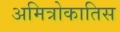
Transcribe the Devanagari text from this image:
अमित्रोकातिस